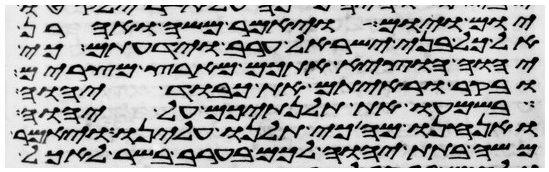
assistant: יום ויום ויאמר משה ואהרן
אל כל בני ישראל ערב וידעתם כי
יהוה הוציא אתכם מארץ מצרים
ובקר וראיתם את כבוד יהוה
בשמעו את תלנתיכם על יהוה
ואנחנו מה כי תלנו עלינו ויאמר
משה בתת יהוה לכם בערב בשר לאכל